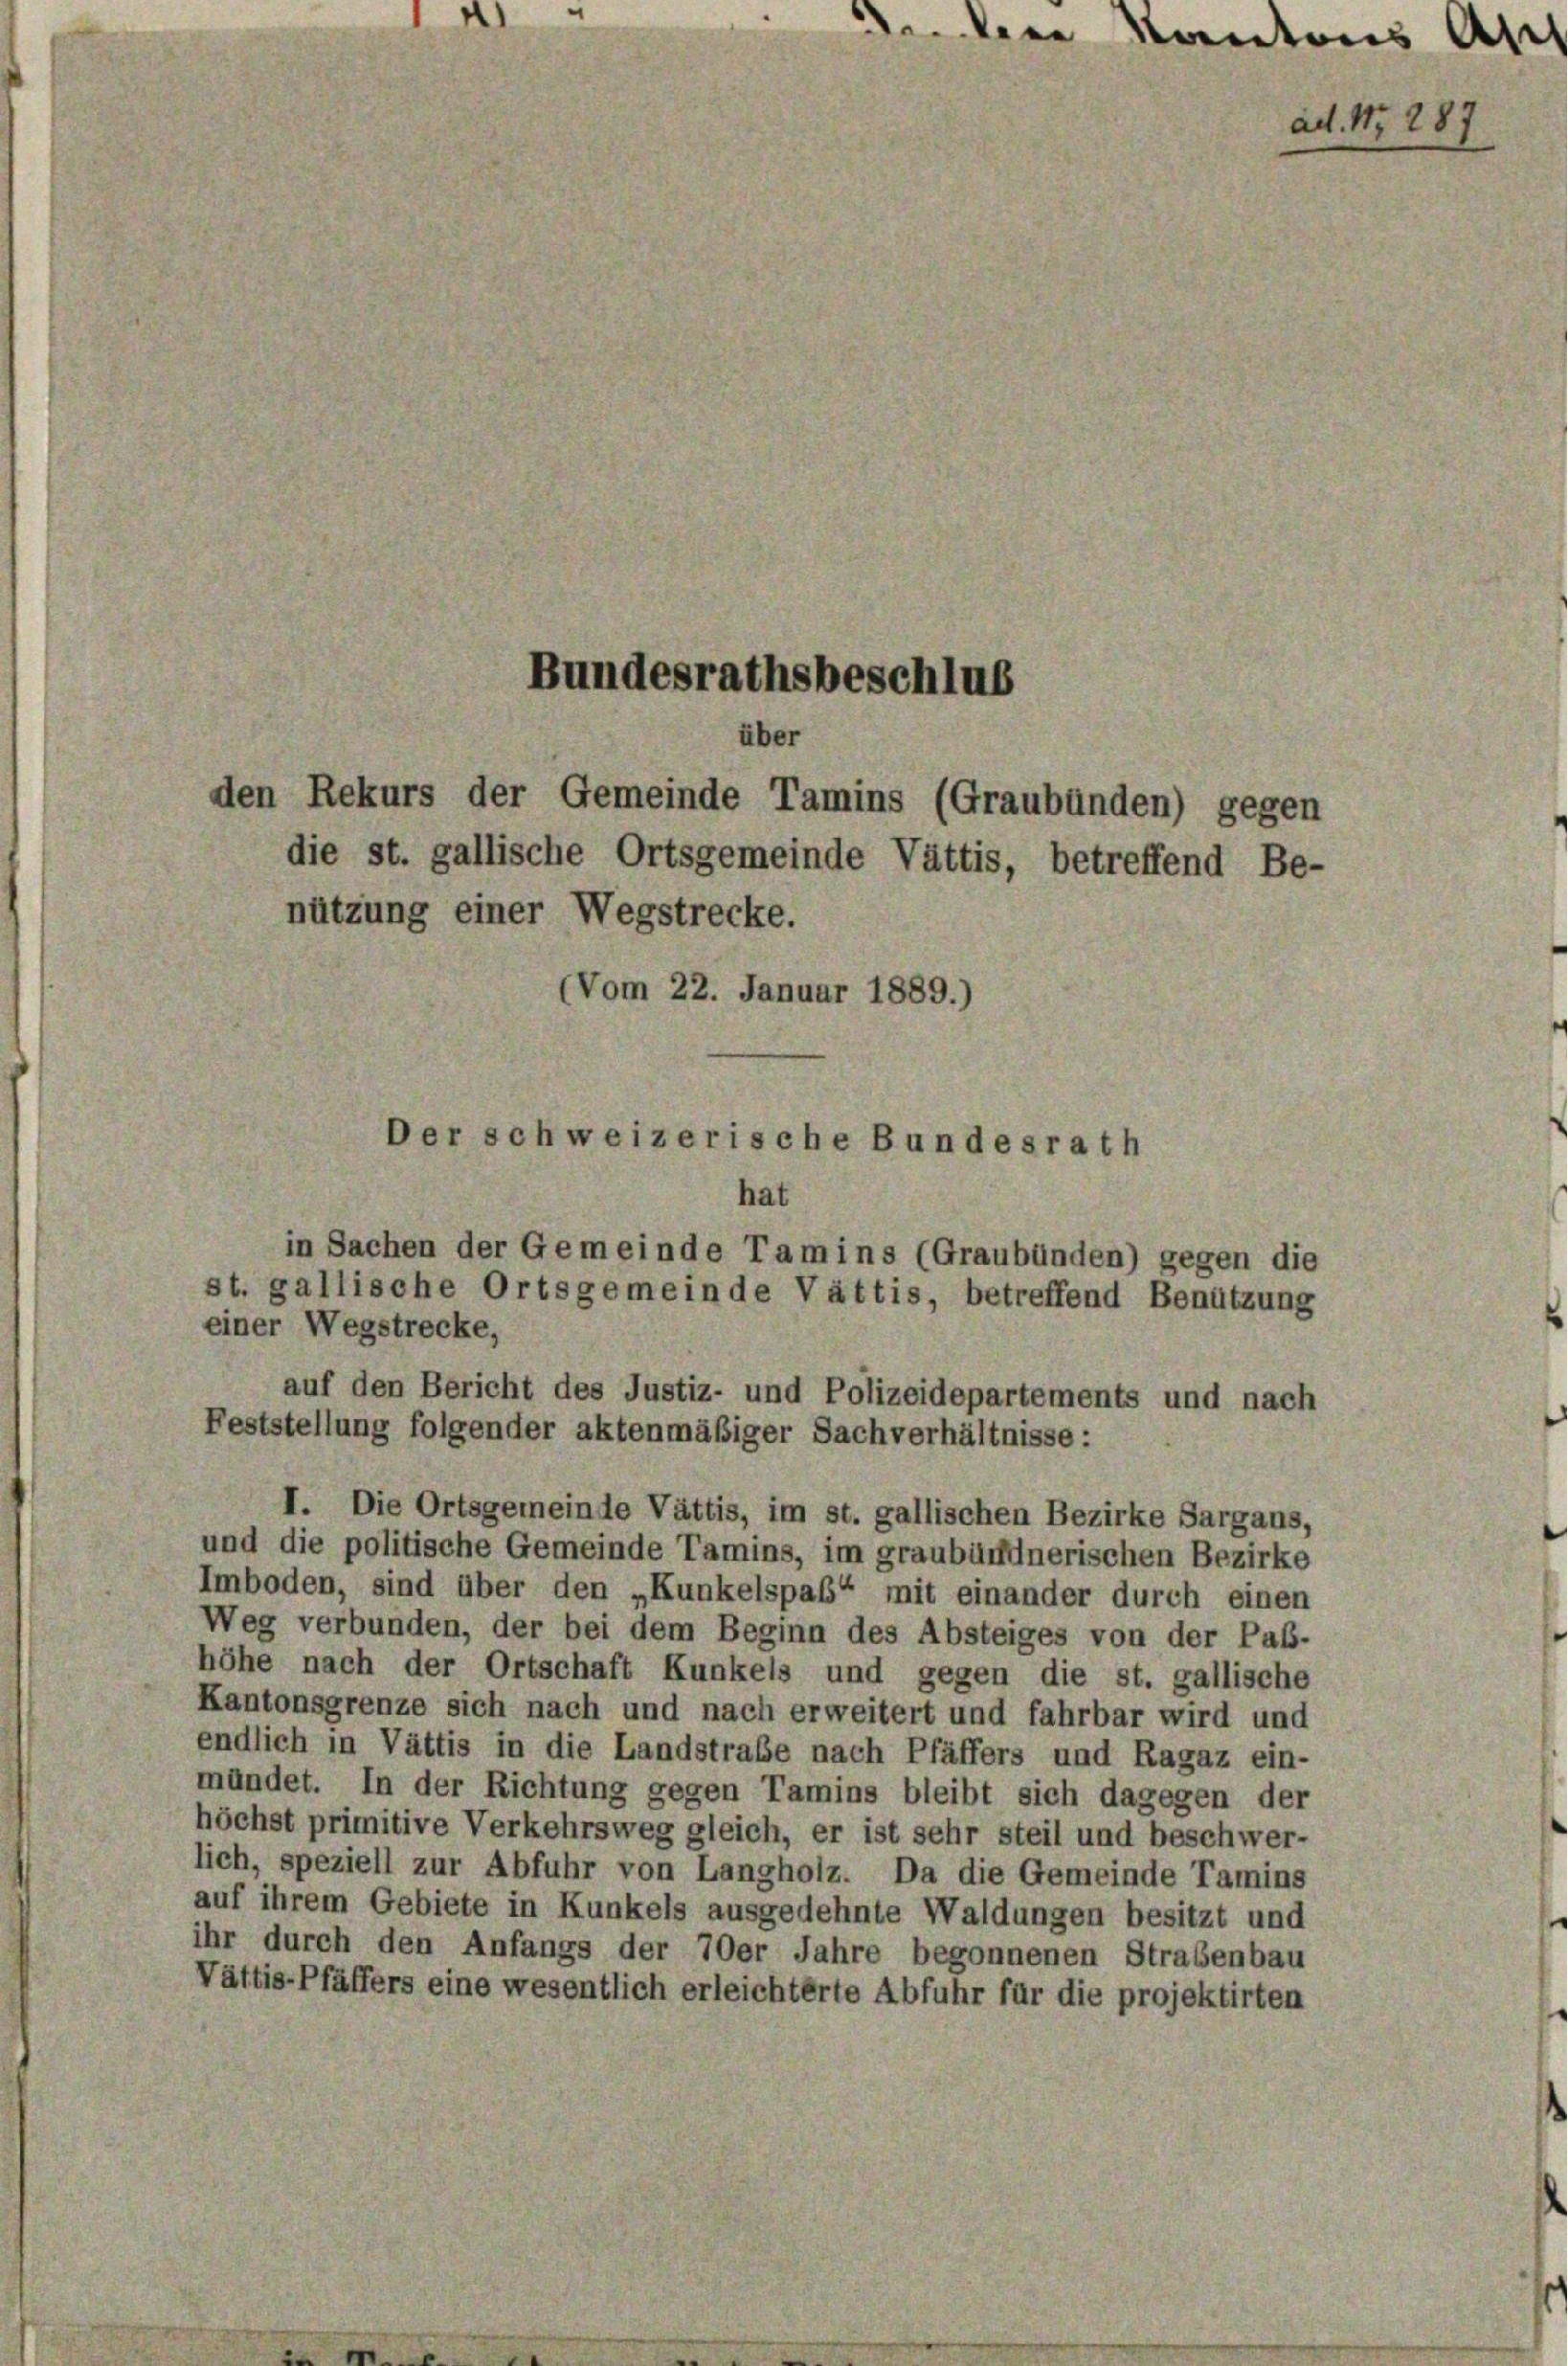
d

Bundesrathsbeschlus
über
den Rekurs der Gemeinde Tamins (Graubünden) gegen
die st. gallische Ortsgemeinde Vättis, betreffend Be-

nützung einer Wegstrecke.
Vom 22. Januar 1889.)

Der schweizerische Bundesrath

auf den Bericht des Justiz- und Polizeidepartements und nach

.

e

hat
in Sachen der Gemeinde Tamins (Graubünden) gegen die
st. gallische Ortsgemeinde Vättis, betreffend Benützung
einer Wegstrecke,
Feststellung folgender aktenmäßiger Sachverhältnisse:
I. Die Ortsgemeinde Vättis, im st. gallischen Bezirke Sargans,
und die politische Gemeinde Tamins, im graubündnerischen Bezirke
Imboden, sind über den „Kunkelspaß“ mit einander durch einen
Weg verbunden, der bei dem Beginn des Absteiges von der Pab-
höhe nach der Ortschaft Kunkels und gegen die st. gallische
Kantonsgrenze sich nach und nach erweitert und fahrbar wird und
endlich in Vättis in die Landstraße nach Pfäffers und Ragaz ein-
mündet. In der Richtung gegen Tamins bleibt sich dagegen der
höchst primitive Verkehrsweg gleich, er ist sehr steil und beschwer-
lich, speziell zur Abfuhr von Langholz. Da die Gemeinde Tamins
auf ihrem Gebiete in Kunkels ausgedehnte Waldungen besitzt und
ihr durch den Anfangs der 70er Jahre begonnenen Straßenbau
Vättis-Pfäffers eine wesentlich erleichterte Abfuhr für die projektirten

ad. Nr. 287

Kantons Asch